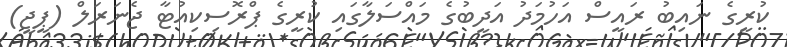
ކުރީގެ ނައިބު ރައީސް އަހުމަދު އަދީބުގެ މައްސަލާގައި ކުރީގެ ޕްރޮސިކިއުޓާ ޖެނަރަލް (ޕީޖީ)